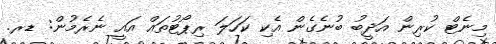
މިނެޓް ކުރިން އަދީބު ބުނެގެން އެކި ކަހަލަ ރިޕޯޓުތައް އައީ ނެރެމުން: ޑރ.